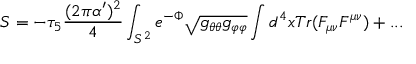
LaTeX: S = - \tau _ { 5 } { \frac { ( 2 \pi \alpha ^ { \prime } ) ^ { 2 } } { 4 } } \int _ { S ^ { 2 } } e ^ { - \Phi } \sqrt { g _ { \theta \theta } g _ { \varphi \varphi } } \int d ^ { 4 } x T r ( F _ { \mu \nu } F ^ { \mu \nu } ) + . . .